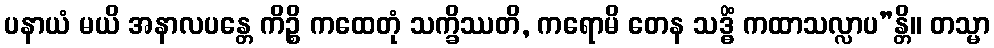
ပနာယံ မယိ အနာလပန္တေ ကိဉ္စိ ကထေတုံ သက္ခိဿတိ, ကရောမိ တေန သဒ္ဓိံ ကထာသလ္လာပ”န္တိ။ တသ္မာ